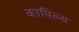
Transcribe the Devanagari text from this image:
कापिल्य